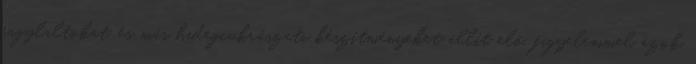
fagylaltokat, és más hidegcukrászati készítményeket állít elő, figyelemmel azok